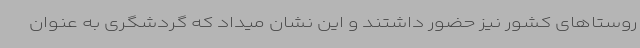
روستاهای کشور نیز حضور داشتند و این نشان میداد که گردشگری به عنوان